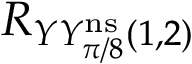
R _ { Y Y _ { \pi / 8 } ^ { \mathrm { n s } } ( 1 , 2 ) }